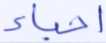
أحياء